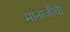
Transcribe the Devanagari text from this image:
मानाजीची